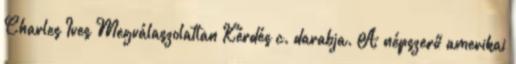
Charles Ives Megválaszolatlan Kérdés c. darabja. A népszerű amerikai